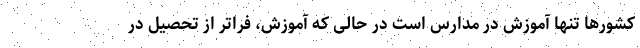
کشورها تنها آموزش در مدارس است در حالی که آموزش، فراتر از تحصیل در